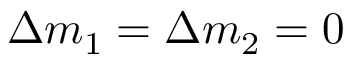
\Delta m _ { 1 } = \Delta m _ { 2 } = 0